画像に写った文字を読んでください
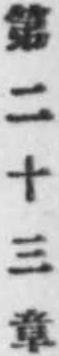
「第二十三章」と書いてあります